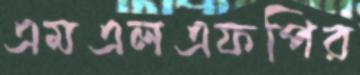
এমএলএফপির